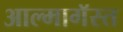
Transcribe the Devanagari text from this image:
आल्मागॅस्त